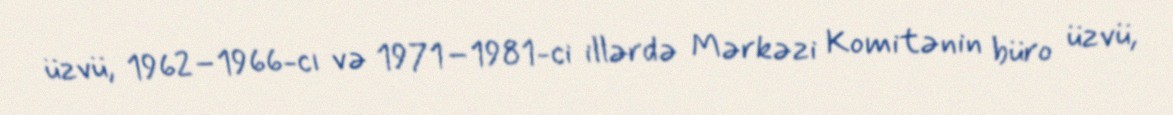
üzvü, 1962–1966-cı və 1971–1981-ci illərdə Mərkəzi Komitənin büro üzvü,